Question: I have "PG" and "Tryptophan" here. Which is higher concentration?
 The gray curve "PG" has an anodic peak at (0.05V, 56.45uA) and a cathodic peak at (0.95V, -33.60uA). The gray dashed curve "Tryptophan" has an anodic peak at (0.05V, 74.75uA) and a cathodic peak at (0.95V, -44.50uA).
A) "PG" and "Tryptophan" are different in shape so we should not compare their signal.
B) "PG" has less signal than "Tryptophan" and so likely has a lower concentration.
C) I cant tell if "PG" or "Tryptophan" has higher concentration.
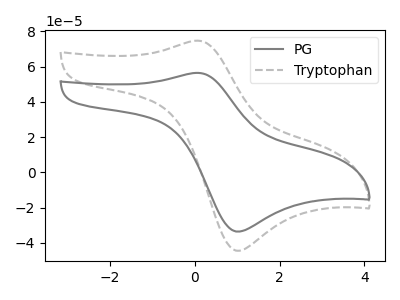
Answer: <think>All the peaks in "PG" have a peak in "Tryptophan" at the same potential. Every peak in "PG" is lower than every peak in "Tryptophan".
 </think>
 <answer>B) "PG" has less signal than "Tryptophan" and so likely has a lower concentration.</answer>
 <eval>B</eval>